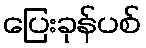
ပြေးခုန်ပစ်